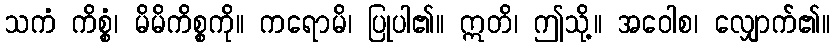
သကံ ကိစ္စံ၊ မိမိကိစ္စကို။ ကရောမိ၊ ပြုပါ၏။ ဣတိ၊ ဤသို့။ အဝေါစ၊ လျှောက်၏။